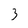
Character: 3